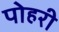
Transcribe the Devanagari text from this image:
पोहरी